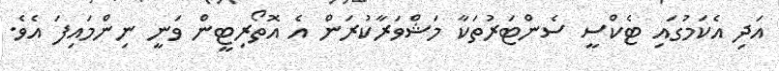
އަދި އެކަމުގައި ޓެކްސީ ސެންޓަރުތަކާ މަޝްވަރާކުރަން އެ އޮތޯރިޓީން ވަނީ ނިންމައިފަ އެވެ.